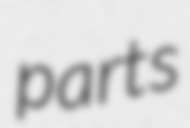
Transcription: parts